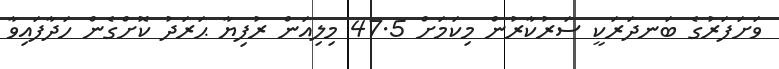
ވަށަފަރުގެ ބަނދަރަކީ ސަރުކާރުން މިކަމަށް 47.5 މިލިއަން ރުފިޔާ ޙަރަދު ކޮށްގެން ހަދާފައިވާ